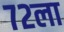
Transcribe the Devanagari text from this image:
७२ला